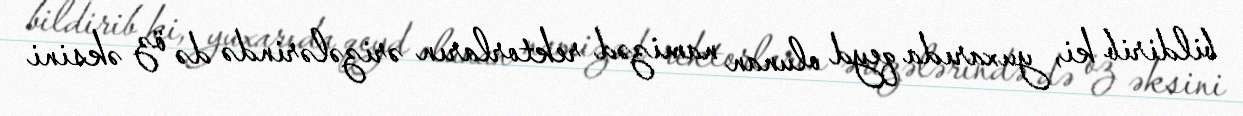
bildirib ki, yuxarıda qeyd olunan namizəd rektorların ərizələrində də öz əksini